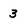
Character: 3